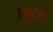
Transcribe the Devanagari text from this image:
इलुरु